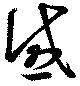
感